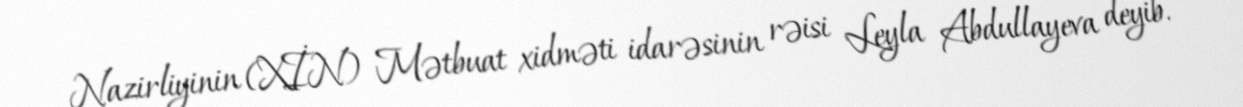
Nazirliyinin (XİN) Mətbuat xidməti idarəsinin rəisi Leyla Abdullayeva deyib.